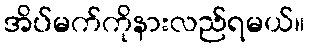
အိပ်မက်ကိုနားလည်ရမယ်။